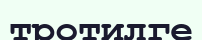
тротилге